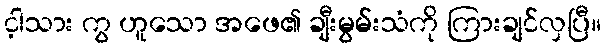
င့ါသား ကွ ဟူသော အဖေ၏ ချီးမွမ်းသံကို ကြားချင်လှပြီ။